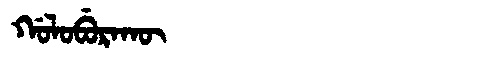
Manchu: ᡤᠣᠯᠣᠪᡠᡵᠠᡴᡡ
Romanization: GOLOBURAKŪ